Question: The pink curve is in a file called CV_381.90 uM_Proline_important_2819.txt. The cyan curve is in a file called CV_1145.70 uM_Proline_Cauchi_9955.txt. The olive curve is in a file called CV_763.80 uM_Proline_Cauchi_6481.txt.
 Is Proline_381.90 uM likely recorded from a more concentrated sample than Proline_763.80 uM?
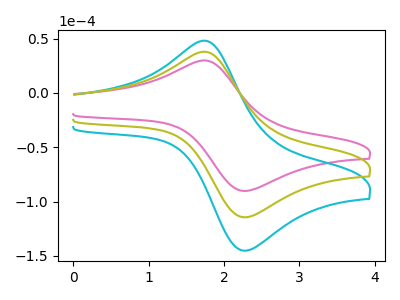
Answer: <think>The pink curve "Proline_381.90 uM" has an anodic peak at (1.75V, 29.90uA) and a cathodic peak at (2.25V, -90.00uA). The cyan curve "Proline_1145.70 uM" has an anodic peak at (1.75V, 75.80uA) and a cathodic peak at (2.25V, -228.30uA). The olive curve "Proline_763.80 uM" has an anodic peak at (1.75V, 37.90uA) and a cathodic peak at (2.25V, -114.15uA).
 All the peaks in "Proline_381.90 uM" have a peak in "Proline_763.80 uM" at the same potential. Every peak in "Proline_381.90 uM" is lower than every peak in "Proline_763.80 uM".</think>
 <answer>"Proline_381.90 uM" has less signal than "Proline_763.80 uM".</answer>
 <eval>less_signal</eval>